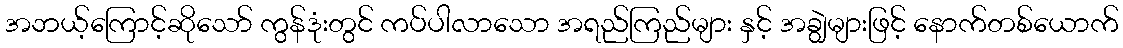
အဘယ့်ကြောင့်ဆိုသော် ကွန်ဒုံးတွင် ကပ်ပါလာသော အရည်ကြည်များ နှင့် အချွဲများဖြင့် နောက်တစ်ယောက်